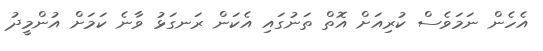
އެހެން ނަމަވެސް ކުރިއަށް އޮތް ތަނުގައި އެކަން ރަނގަޅު ވާނެ ކަމަށް އުންމީދު